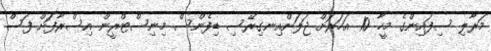
މަރާލި ސިފައިންގެ މީހާ 10 އަހަރަށް ޖަލަށްއިނގިރޭސި ޑިފެންސް މިނިސްޓްރީން އިސްރާފަށް ފަސް